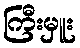
ကြီးမှူး